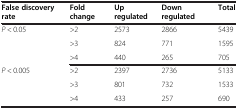
<table><thead><tr><td><b>False discovery rate</b></td><td><b>Fold change</b></td><td><b>Up regulated</b></td><td><b>Down regulated</b></td><td><b>Total</b></td></tr></thead><tbody><tr><td rowspan="2"><i>P</i> &lt; 0.05</td><td>&gt;2</td><td>2573</td><td>2866</td><td>5439</td></tr><tr><td>&gt;3</td><td>824</td><td>771</td><td>1595</td></tr><tr><td> </td><td>&gt;4</td><td>440</td><td>265</td><td>705</td></tr><tr><td rowspan="2"><i>P</i> &lt; 0.005</td><td>&gt;2</td><td>2397</td><td>2736</td><td>5133</td></tr><tr><td>&gt;3</td><td>801</td><td>732</td><td>1533</td></tr><tr><td> </td><td>&gt;4</td><td>433</td><td>257</td><td>690</td></tr></tbody></table>